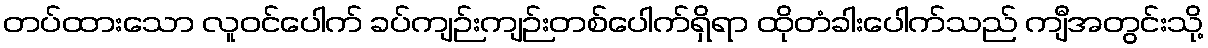
တပ်ထားသော လူဝင်ပေါက် ခပ်ကျဉ်းကျဉ်းတစ်ပေါက်ရှိရာ ထိုတံခါးပေါက်သည် ကျီအတွင်းသို့